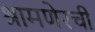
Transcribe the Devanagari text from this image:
श्रामणेरची